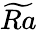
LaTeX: \widetilde{Ra}